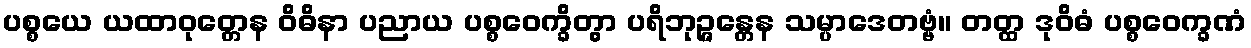
ပစ္စယေ ယထာဝုတ္တေန ဝိဓိနာ ပညာယ ပစ္စဝေက္ခိတွာ ပရိဘုဉ္ဇန္တေန သမ္ပာဒေတဗ္ဗံ။ တတ္ထ ဒုဝိဓံ ပစ္စဝေက္ခဏံ